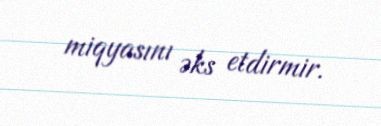
miqyasını əks etdirmir.